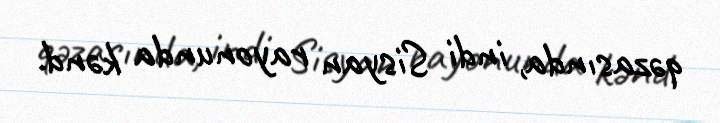
qəzasında, indi Sisyan rayonunda kənd.